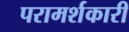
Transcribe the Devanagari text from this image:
परामर्शकारी